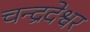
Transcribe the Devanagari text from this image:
चन्द्रदेश्वर